Vaccination in Bombay 1913-1923 - 1913-1923
Year: 1913
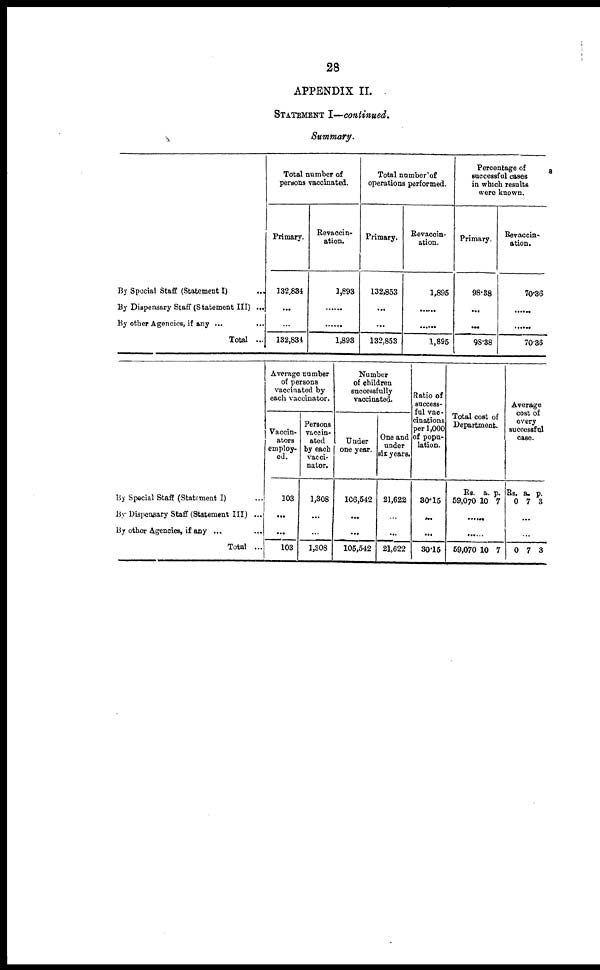
28
APPENDIX II.
STATEMENT I—continued.
Summary.
By Special Staff (Statement I) ...
By Dispensary Staff (Statement III) ...
By other Agencies, if any ... ...
Total ...
Total number of
persons vaccinated.
Primary.
132,884
...
...
132,834
Revaccin¬
ation.
3,893
...
...
1,893
Total number of
operations performed.
Primary.
132,853
...
...
132,853
Revaccin¬
ation.
1,895
...
...
1,895
Percentage of
successful cases
in which results
were known.
Primary.
98.38
...
...
98.38
Revaccin¬
ation.
70.36
...
...
70.36
By Special Staff (Statement I) ...
By Dispensary Staff (Statement III) ...
By other Agencies, if any ...
Total ...
Average number
of persons
vaccinated by
each vaccinator.
Vaccin¬
ators
employ-
ed.
103
...
...
103
Persons
vaccin-
ated
by each
vacci-
nator.
1,308
...
...
1,308
Number
of children
successfully
vaccinated.
Under
one year.
106,542
...
...
105,542
One and
under
six years.
21,622
...
...
21,622
Ratio of
success-
ful vac-
cinations
per 1,000
of popu-
lation.
30.15
...
...
30.15
Total cost of
Department.
Rs.
59,070
a.
10
p.
7
......
......
59,070 10 7
Average
cost of
every
successful
case.
Rs.
0
a.
7
p.
3
...
...
0 7 3